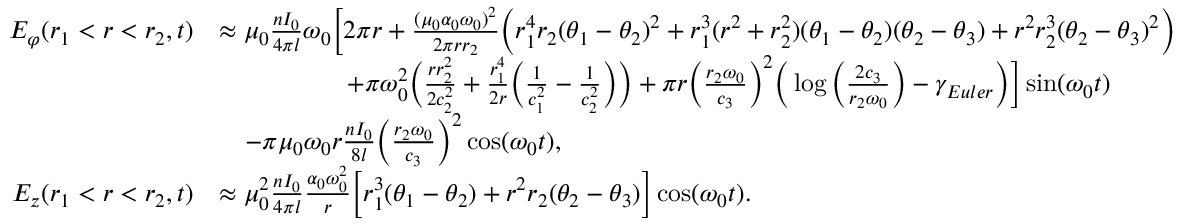
\begin{array} { r l } { E _ { \varphi } ( r _ { 1 } < r < r _ { 2 } , t ) } & { \approx \mu _ { 0 } \frac { n I _ { 0 } } { 4 \pi l } \omega _ { 0 } \Big [ 2 \pi r + \frac { ( \mu _ { 0 } \alpha _ { 0 } \omega _ { 0 } ) ^ { 2 } } { 2 \pi r r _ { 2 } } \Big ( r _ { 1 } ^ { 4 } r _ { 2 } ( \theta _ { 1 } - \theta _ { 2 } ) ^ { 2 } + r _ { 1 } ^ { 3 } ( r ^ { 2 } + r _ { 2 } ^ { 2 } ) ( \theta _ { 1 } - \theta _ { 2 } ) ( \theta _ { 2 } - \theta _ { 3 } ) + r ^ { 2 } r _ { 2 } ^ { 3 } ( \theta _ { 2 } - \theta _ { 3 } ) ^ { 2 } \Big ) } \\ & { \qquad \qquad \quad + \pi \omega _ { 0 } ^ { 2 } \Big ( \frac { r r _ { 2 } ^ { 2 } } { 2 c _ { 2 } ^ { 2 } } + \frac { r _ { 1 } ^ { 4 } } { 2 r } \Big ( \frac { 1 } { c _ { 1 } ^ { 2 } } - \frac { 1 } { c _ { 2 } ^ { 2 } } \Big ) \Big ) + \pi r \Big ( \frac { r _ { 2 } \omega _ { 0 } } { c _ { 3 } } \Big ) ^ { 2 } \Big ( \log \Big ( \frac { 2 c _ { 3 } } { r _ { 2 } \omega _ { 0 } } \Big ) - \gamma _ { E u l e r } \Big ) \Big ] \sin ( \omega _ { 0 } t ) } \\ & { \quad - \pi \mu _ { 0 } \omega _ { 0 } r \frac { n I _ { 0 } } { 8 l } \Big ( \frac { r _ { 2 } \omega _ { 0 } } { c _ { 3 } } \Big ) ^ { 2 } \cos ( \omega _ { 0 } t ) , } \\ { E _ { z } ( r _ { 1 } < r < r _ { 2 } , t ) } & { \approx \mu _ { 0 } ^ { 2 } \frac { n I _ { 0 } } { 4 \pi l } \frac { \alpha _ { 0 } \omega _ { 0 } ^ { 2 } } { r } \Big [ r _ { 1 } ^ { 3 } ( \theta _ { 1 } - \theta _ { 2 } ) + r ^ { 2 } r _ { 2 } ( \theta _ { 2 } - \theta _ { 3 } ) \Big ] \cos ( \omega _ { 0 } t ) . } \end{array}